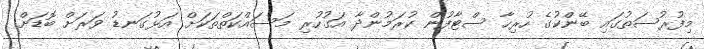
މިފުރުސަތުގައި ބޭންކުގެ ހުރިހާ ސްޓާފުން ކުރަމުންދާ އަގުހުރި މަސައްކަތްތަކަށް އަޅުގަނޑު ވަރަށް ބޮޑަށް